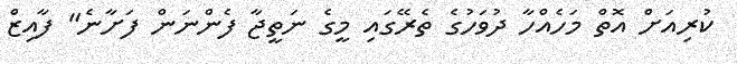
ކުރިއަށް އޮތް މަހެއްހާ ދުވަހުގެ ތެރޭގައި މީގެ ނަތީޖާ ފެންނަން ފަށާނެ" ފާއިޒް